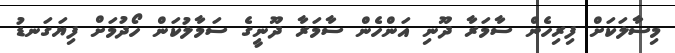
މިސާލަކަށް ފިރިހެން ސާމަރާ ދޫނި އަންހެން ސާމަރާ ދޫނީގެ ސަމާލުކަން ހޯދުމަށް ފިޔަގަނޑު